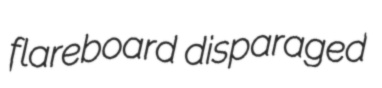
flareboard disparaged